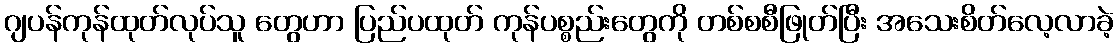
ဂျပန်ကုန်ထုတ်လုပ်သူ တွေဟာ ပြည်ပထုတ် ကုန်ပစ္စည်းတွေကို တစ်စစီဖြုတ်ပြီး အသေးစိတ်လေ့လာခဲ့